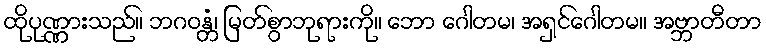
ထိုပုဏ္ဏားသည်။ ဘဂဝန္တံ၊ မြတ်စွာဘုရားကို။ ဘော ဂေါတမ၊ အရှင်ဂေါတမ။ အဗ္ဘာတီတာ